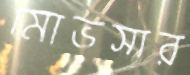
মোভসার